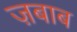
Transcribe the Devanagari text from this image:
ज़बाब